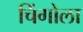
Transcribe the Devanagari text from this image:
चिंगोला